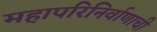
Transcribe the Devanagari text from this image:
महापरिनिर्वाणाची